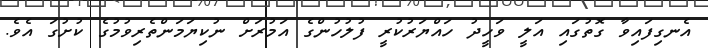
އެނގިފައިވާ ގޮތުގައި އަލީ ވަހީދު ހައްޔަރުކުރީ ފުލުހުންގެ އަމުރަށް ނުކިޔަމަންތެރިވުމުގެ ކުށުގަ އެވެ.